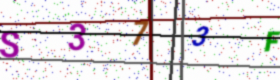
Text: S373F